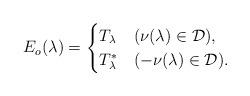
LaTeX: \begin{align*}E_o(\lambda) =\begin{cases}T_\lambda & (\nu(\lambda)\in \mathcal{D}),\\T_\lambda^* & (-\nu(\lambda)\in \mathcal{D}).\end{cases}\end{align*}